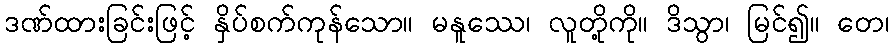
ဒဏ်ထားခြင်းဖြင့် နှိပ်စက်ကုန်သော။ မနူဿေ၊ လူတို့ကို။ ဒိသွာ၊ မြင်၍။ တေ၊